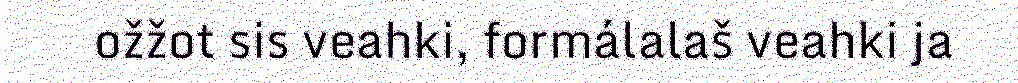
ožžot sis veahki, formálalaš veahki ja